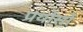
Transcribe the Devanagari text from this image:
प्रयोसो